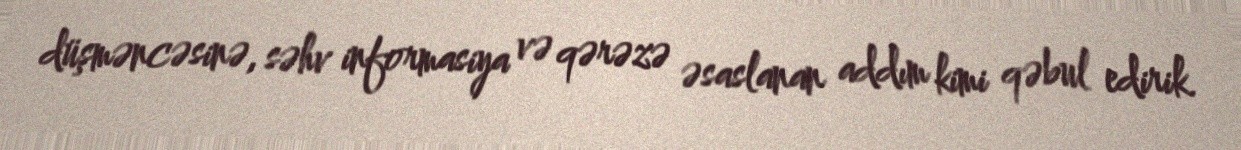
düşməncəsinə, səhv informasiya və qərəzə əsaslanan addım kimi qəbul edirik.